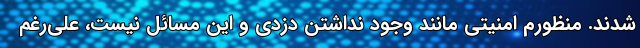
شدند. منظورم امنیتی مانند وجود نداشتن دزدی و این مسائل نیست، علی‌رغم